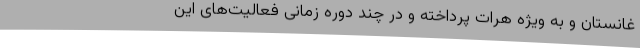
غانستان و به ویژه هرات پرداخته و در چند دوره زمانی فعالیت‌های این